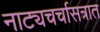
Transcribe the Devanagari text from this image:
नाट्यचर्चासत्रात